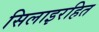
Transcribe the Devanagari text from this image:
सिलाइरहित